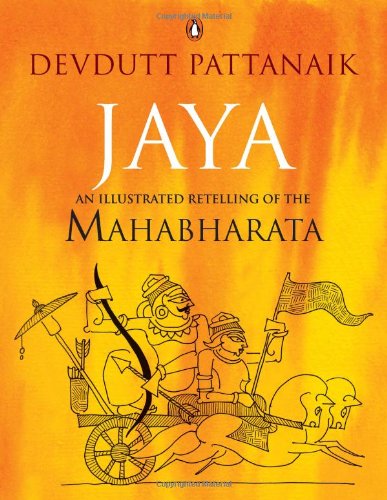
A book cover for Jaya: An Illustrated Retelling of the Mahabharata; Devdutt Pattanaik; Literature & Fiction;